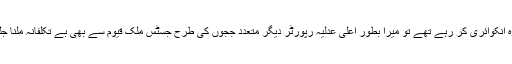
جب وہ انکوائری کر رہے تھے تو میرا بطور اعلیٰ عدلیہ رپورٹر دیگر متعدد ججوں کی طرح جسٹس ملک قیوم سے بھی بے تکلفانہ ملنا جلنا تھا۔